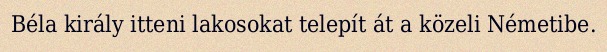
Béla király itteni lakosokat telepít át a közeli Németibe.